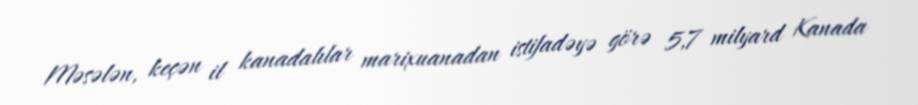
Məsələn, keçən il kanadalılar marixuanadan istifadəyə görə 5,7 milyard Kanada